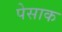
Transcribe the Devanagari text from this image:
पेसाक